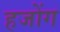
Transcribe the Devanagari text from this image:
हजोंग